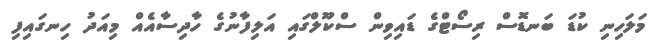
މަލަހިނި ކުޑަ ބަނޑޮސް ރިސޯޓްގެ ޑައިވިން ސްކޫލްގައި އަލިފާނުގެ ހާދިސާއެއް މިއަދު ހިނގައިފި